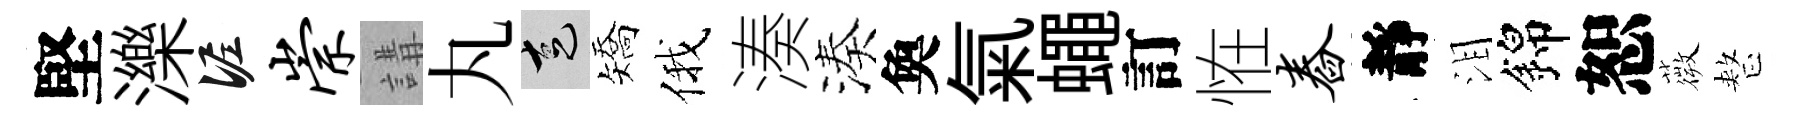
堅濼泥崇講丸走矯俄湊湊奐氣蠅訂恠舂靜泪錦恕薇整